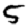
Digit: 5